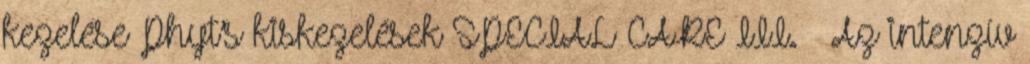
kezelése Phyt’s kiskezelések SPECIAL CARE III. – Az intenzív